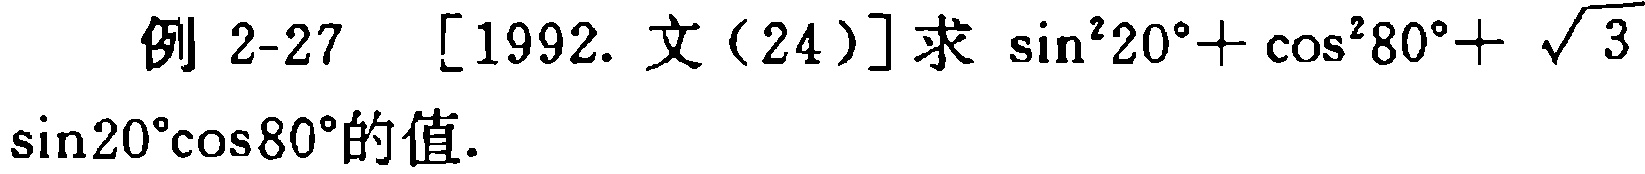
例 2-27 [1992. 文（24）]求 $\sin^{2}20^{\circ}+\cos^{2}80^{\circ}+\sqrt{3}\sin20^{\circ}\cos80^{\circ}$的值.